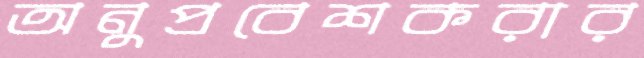
অনুপ্রবেশকরার